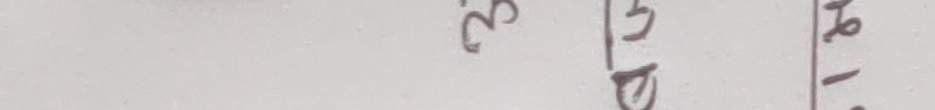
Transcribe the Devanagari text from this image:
२९ यु १-९०